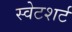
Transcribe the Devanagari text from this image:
स्वेटशर्ट